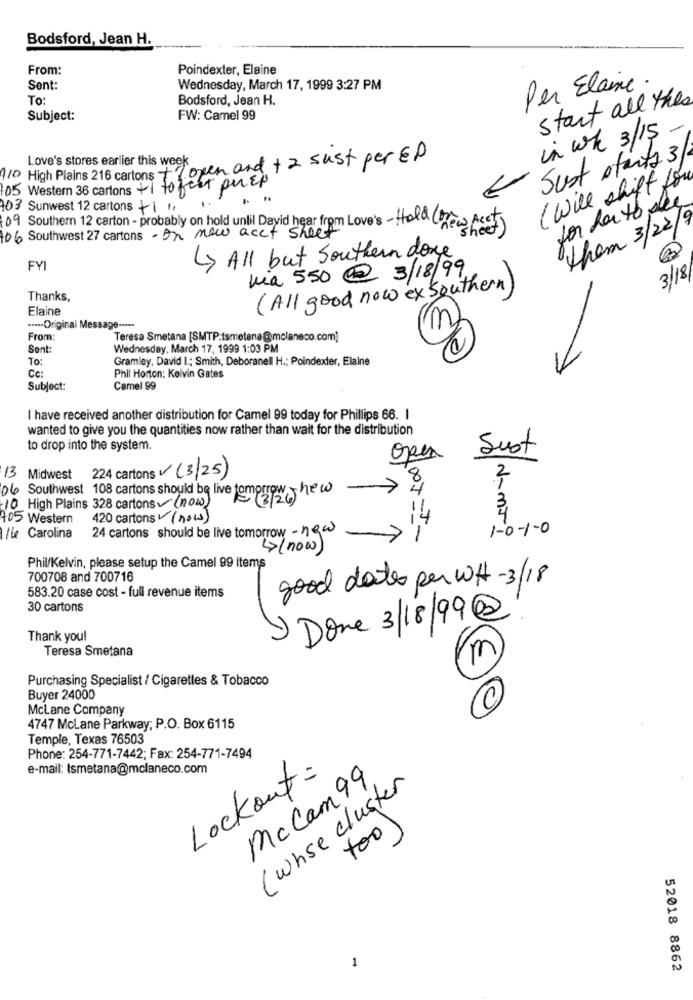
Bodsford, Jean H.
From:
Poindexter, Elaine
Sent:
Wednesday, March 17, 1999 3:27 PM
Per Elaine.
To:
Bodsford, Jean H.
start all the
Subject:
FW: Camel 99
-
in wh 3/15
110 High Plains 216 cartons +1 open and + 2 sust per ED
Love's stores earlier this week
Sust ofarts 3
( Will shift for
05 Western 36 cartons +1 to feet per Ep
for dauto des
03 Sunwest 12 cartons +11.
them 3/22/9
to6 Southwest 27 cartons - on new acct sheet
09 Southern 12 carton - probably on hold until David hear from Love's - Hold (new pcet)
<> All but Southern done
FYI
Via 550 @ 3/18/99
3/18/
( All good now ex southern)
Thanks,
Elaine
....- Original Message -----
m
From:
Teresa Smetana [SMTP:tsmetana@mclaneco.com]
Sent:
Wednesday, March 17, 1999 1:03 PM
To:
Gramley, David I .; Smith, Deboranell H .; Poindexter, Elaine
Cc:
Phil Horton: Kelvin Gates
Subject:
Camel 99
I have received another distribution for Camel 99 today for Phillips 66. I
wanted to give you the quantities now rather than wait for the distribution
to drop into the system.
Sust
open
13 Midwest 224 cartons (3/25)
8
2
>
4
10 High Plains 328 cartons (now)
06 Southwest 108 cartons should be live tomorrow - new
405 Western
420 cartons (now)
4
24 cartons should be live tomorrow - new
1-0-1-0
Il Carolina
1
>(now)
Phil/Kelvin, please setup the Camel 99 items
700708 and 700716
good dates per WH-3/18
583.20 case cost - full revenue items
30 cartons
Done 3/18/99@
Thank you!
Teresa Smetana
m
Purchasing Specialist / Cigarettes & Tobacco
Buyer 24000
McLane Company
4747 McLane Parkway; P.O. Box 6115
Temple, Texas 76503
Phone: 254-771-7442; Fax: 254-771-7494
e-mail: Ismetana@mclaneco.com
Lockout :
Mccam 99
( whse cluster
too
1
52018 8862